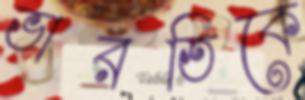
ভারতিকে